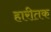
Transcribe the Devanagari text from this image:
हारीतक